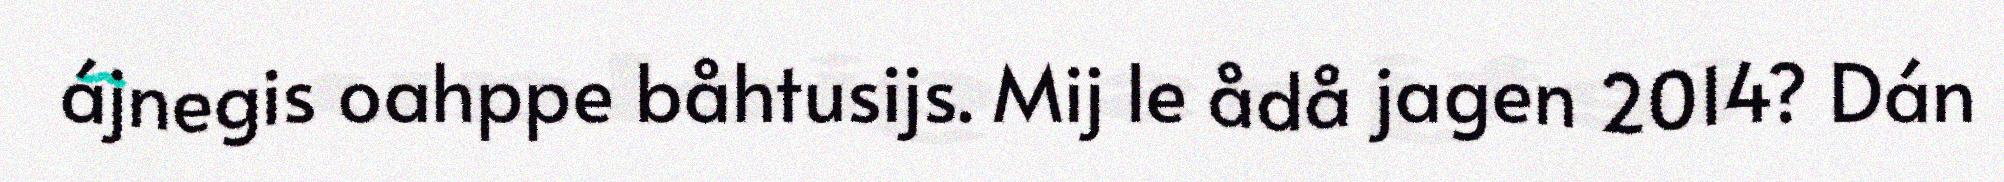
ájnegis oahppe båhtusijs. Mij le ådå jagen 2014? Dán